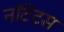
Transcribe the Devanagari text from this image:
नॉटेटस